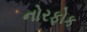
નોરફોક